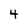
Character: 4